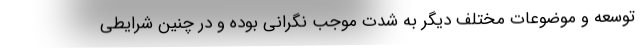
توسعه و موضوعات مختلف دیگر به شدت موجب نگرانی بوده و در چنین شرایطی